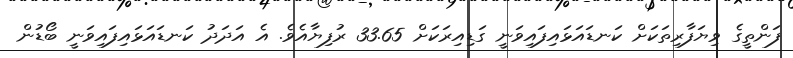
ފަންތީގެ ވިޔަފާރިތަކަށް ކަނޑައަޅައިފައިވަނީ ގަޑިއިރަކަށް 33.65 ރުފިޔާއެވެ. އެ އަދަދު ކަނޑައަޅައިފައިވަނީ ބޯޑުން